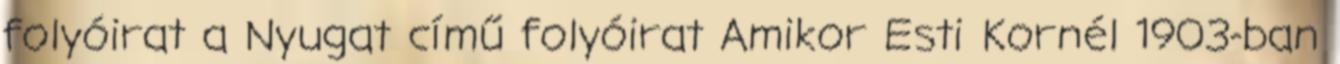
folyóirat a Nyugat című folyóirat Amikor Esti Kornél 1903-ban